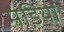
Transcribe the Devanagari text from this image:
मंडि़यां